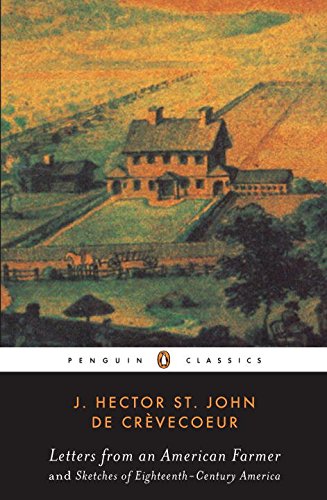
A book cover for Letters from an American Farmer and Sketches of Eighteenth-Century America (Penguin Classics); J. Hector St. John De Crevecoeur; Literature & Fiction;